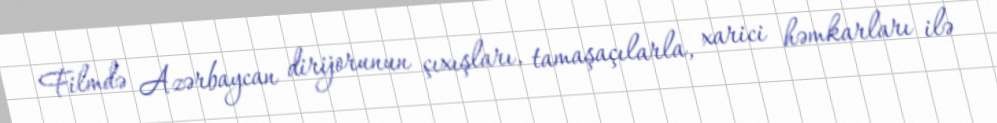
Filmdə Azərbaycan dirijorunun çıxışları, tamaşaçılarla, xarici həmkarları ilə